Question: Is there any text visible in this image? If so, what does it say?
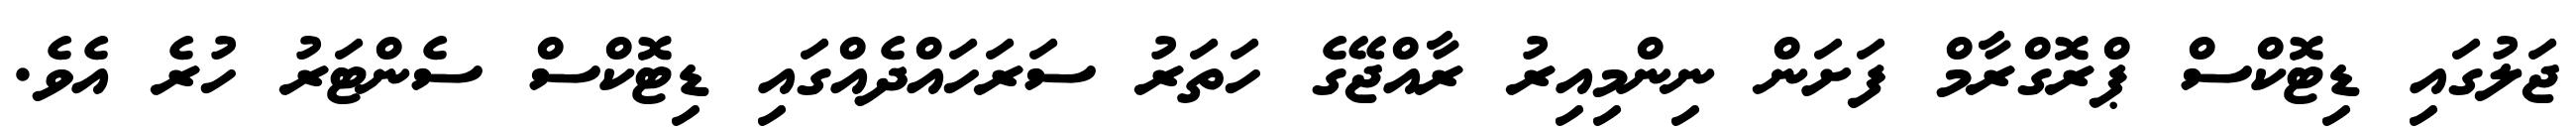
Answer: ޖަލުގައި ޑިޓޮކްސް ޕްރޮގްރާމް ފަށަން ނިންމިއިރު ރާއްޖޭގެ ހަތަރު ސަރަހައްދެއްގައި ޑިޓޮކްސް ސެންޓަރު ހުރެ އެވެ.